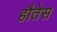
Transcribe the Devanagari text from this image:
हौतेस